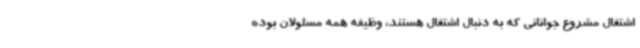
اشتغال مشروع جوانانی که به دنبال اشتغال هستند، وظیفه همه مسئولان بوده